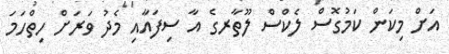
އަށް މިކަން ކަމުގޮސް ލެކްސް ލޫތާރގެ އާ ސިފައާއި މެދު ވަރަށް ހިތްހަމަ